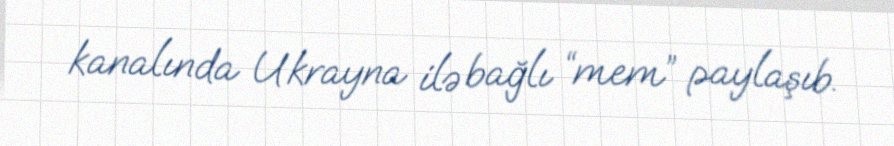
kanalında Ukrayna ilə bağlı “mem” paylaşıb.